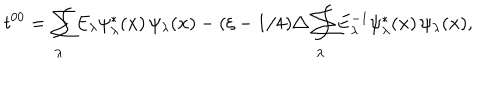
LaTeX: t ^ { 0 0 } = \sum \hspace { - 1 . 4 e m } \int _ { \lambda } E _ { \lambda } \psi _ { \lambda } ^ { * } ( \textbf { x } ) \, \psi _ { \lambda } ( \textbf { x } ) - ( \xi - 1 / 4 ) \triangle \sum \hspace { - 1 . 4 e m } \int _ { \lambda } E _ { \lambda } ^ { - 1 } \psi _ { \lambda } ^ { * } ( \textbf { x } ) \, \psi _ { \lambda } ( \textbf { x } ) ,